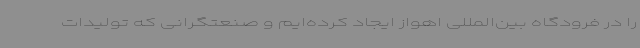
را در فرودگاه بین‌المللی اهواز ایجاد کرده‌ایم و صنعتگرانی که تولیدات